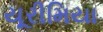
યૂરીમિયા